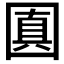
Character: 𡈓